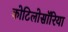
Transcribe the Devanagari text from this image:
कोटिलोसॉरिया